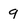
Character: 9